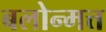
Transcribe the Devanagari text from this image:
बलोन्मत्त